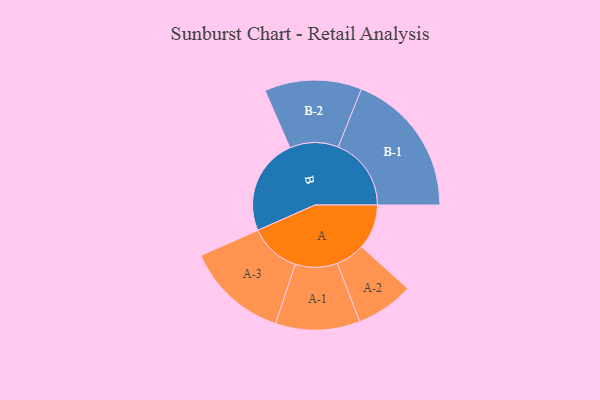
{"axis": {"x": "Segment", "y": "Value"}, "legend": ["", "A", "B"], "data": [{"x": "A", "y": 160, "type": ""}, {"x": "B", "y": 344, "type": ""}, {"x": "A-1", "y": 150, "type": "A"}, {"x": "A-2", "y": 103, "type": "A"}, {"x": "A-3", "y": 182, "type": "A"}, {"x": "B-1", "y": 260, "type": "B"}, {"x": "B-2", "y": 173, "type": "B"}]}